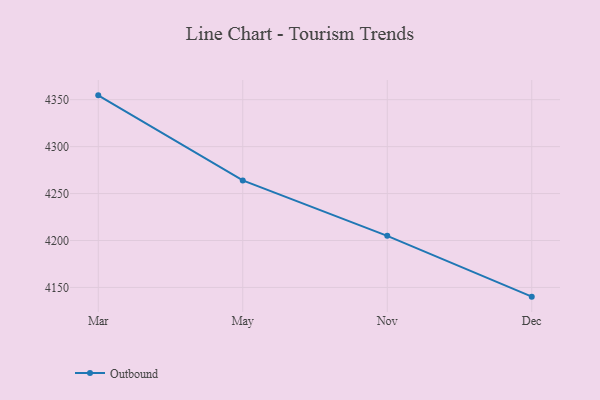
{"axis": {"x": "Month", "y": "Churn Rate (%)"}, "legend": ["Outbound"], "data": [{"x": "Mar", "y": 4354.6, "type": "Outbound"}, {"x": "May", "y": 4264.0, "type": "Outbound"}, {"x": "Nov", "y": 4205.0, "type": "Outbound"}, {"x": "Dec", "y": 4140.2, "type": "Outbound"}]}